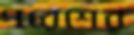
পরেশের